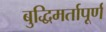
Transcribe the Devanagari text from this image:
बुद्धिमर्तापूर्ण